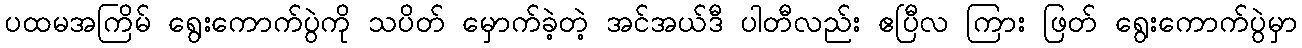
ပထမအကြိမ် ရွေးကောက်ပွဲကို သပိတ် မှောက်ခဲ့တဲ့ အင်အယ်ဒီ ပါတီလည်း ဧပြီလ ကြား ဖြတ် ရွေးကောက်ပွဲမှာ